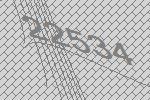
22534